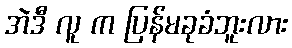
အဲဒီ လူ က ပြန်မခုခံဘူးလား